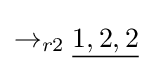
\rightarrow _{r2}{\underline {1,2,2}}